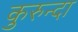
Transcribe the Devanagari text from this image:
कुरुन्दा